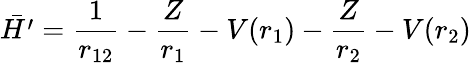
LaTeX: {\bar{H^{\prime}}}={\frac{1}{r_{12}}}-{\frac{Z}{r_{1}}}-V(r_{1})-{\frac{Z}{r_{2}}}-V(r_{2})